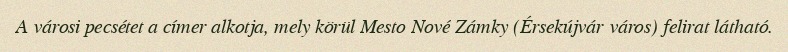
A városi pecsétet a címer alkotja, mely körül Mesto Nové Zámky (Érsekújvár város) felirat látható.